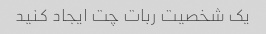
یک شخصیت ربات چت ایجاد کنید